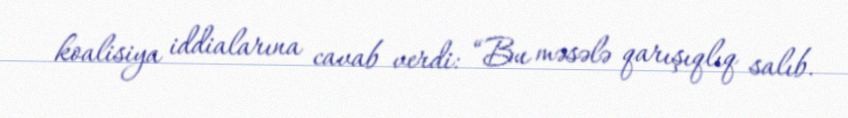
koalisiya iddialarına cavab verdi: “Bu məsələ qarışıqlıq salıb.